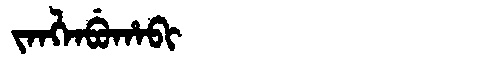
Manchu: ᠵᠠᠩᠯᠠᠪᡠᡥᠠᠪᡳ
Romanization: JANGLABUHABI